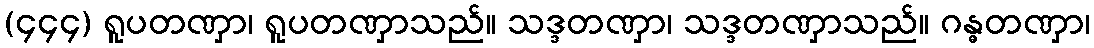
(၄၄၄) ရူပတဏှာ၊ ရူပတဏှာသည်။ သဒ္ဒတဏှာ၊ သဒ္ဒတဏှာသည်။ ဂန္ဓတဏှာ၊